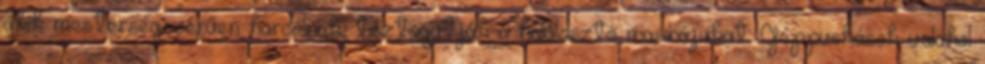
akik mesterségszerűen harcolnak, tisztogatják a halálosztó masinájukat. Géppuskások valahol